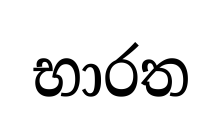
භාරත